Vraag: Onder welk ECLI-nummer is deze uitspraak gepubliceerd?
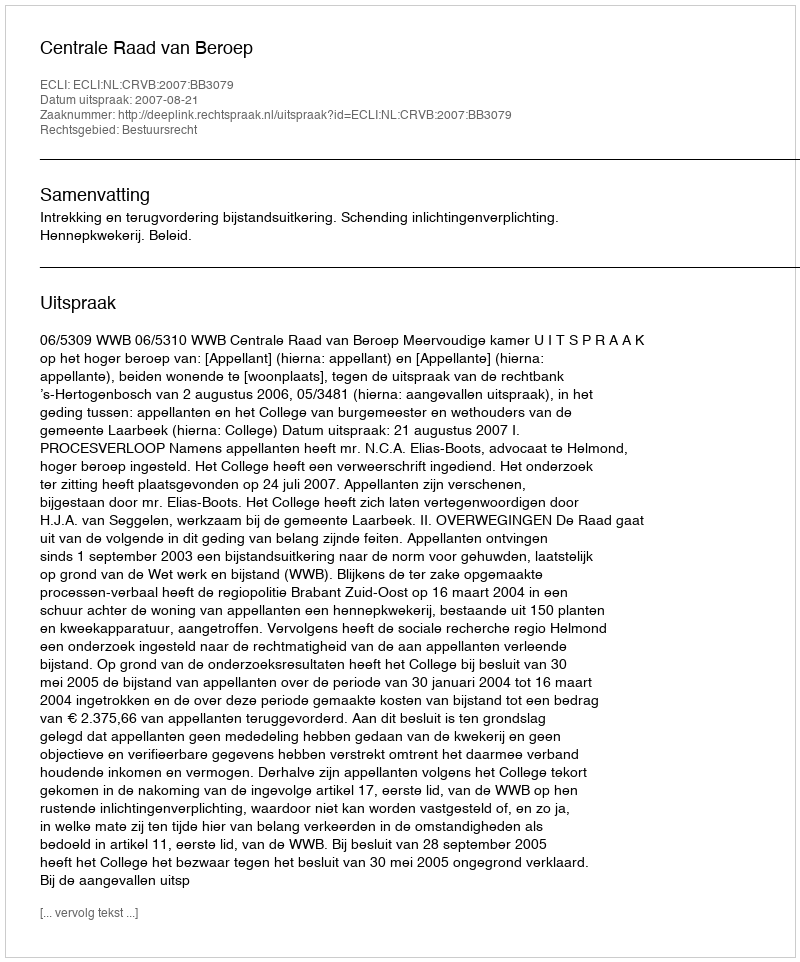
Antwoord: ECLI:NL:CRVB:2007:BB3079